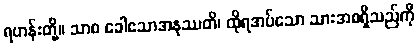
ရဟန်းတို့။ သာစ ခေါဧသာအနုဿတိ၊ ထိုရအပ်သော သားအစရှိသည်ကို